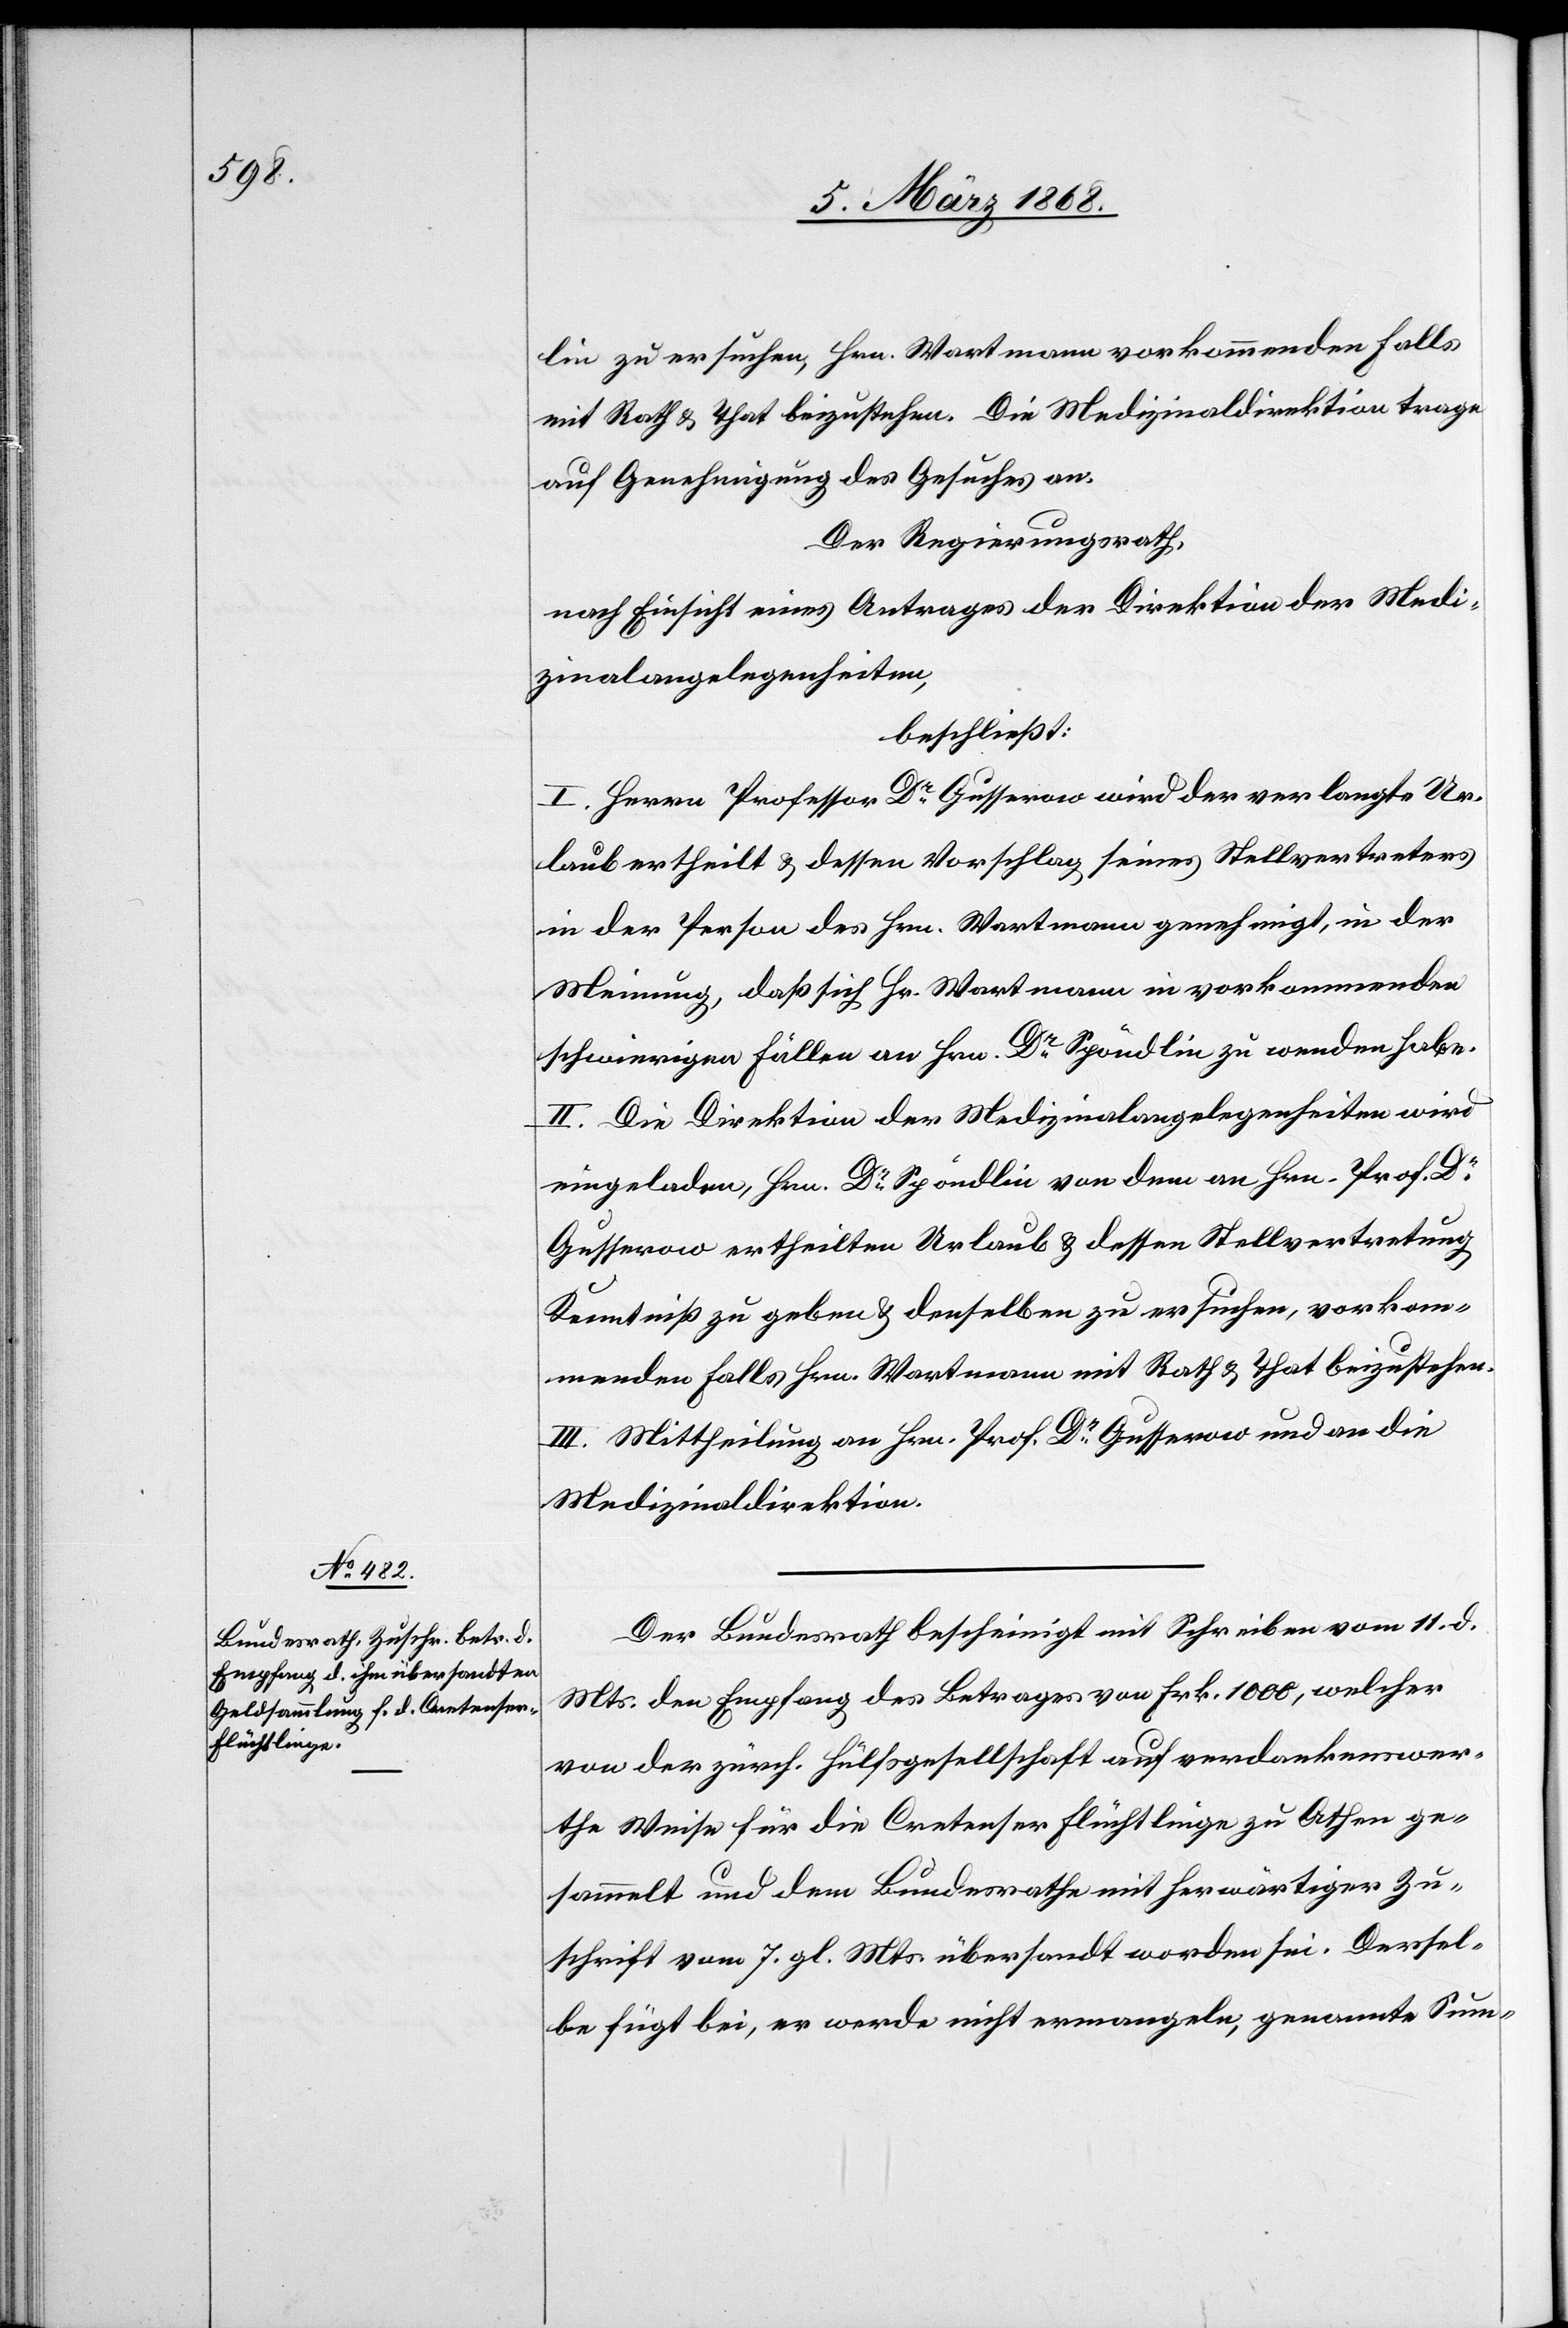
13. März 1868.]
lin zu ersuchen, Hrn. Wartmann vorkommenden Falls
mit Rath & That beizustehen. Die Medizinaldirektion trage
auf Genehmigung des Gesuches an.
Der Regierungsrath,
nach Einsicht eines Antrages der Direktion der Medi¬
zinalangelegenheiten,
beschließt:
I. Herrn Professor Dr. Gusserow wird der verlangte Ur¬
laub ertheilt & dessen Vorschlag seines Stellvertreters
in der Person des Hrn. Wartmann genehmigt, in der
Meinung, daß sich Hr. Wartmann in vorkommenden
schwierigen Fällen an Hrn. Dr. Spöndlin zu wenden habe.
II. Die Direktion der Medizinalangelegenheiten wird
eingeladen, Hrn. Dr. Spöndlin von dem an Hrn. Prof. Dr.
Gusserow ertheilten Urlaub & dessen Stellvertretung
Kenntniß zu geben & denselben zu ersuchen, vorkom¬
menden Falls Hrn. Wartmann mit Rath & That beizustehen.
III. Mittheilung an Hrn. Prof. Dr. Gusserow und an die
Medizinaldirektion.
Der Bundesrath bescheinigt mit Schreiben vom 11. d.
Mts. den Empfang des Betrages von Frk. 1000, welcher
von der zürch. Hülfsgesellschaft auf verdankenswer¬
the Weise für die Cretenser Flüchtlinge zu Athen ge¬
sammelt und dem Bundesrathe mit herwärtiger Zu¬
schrift vom 7. gl. Mts. übersandt worden sei. Dersel¬
be fügt bei, er werde nicht ermangeln, genannte Sum-